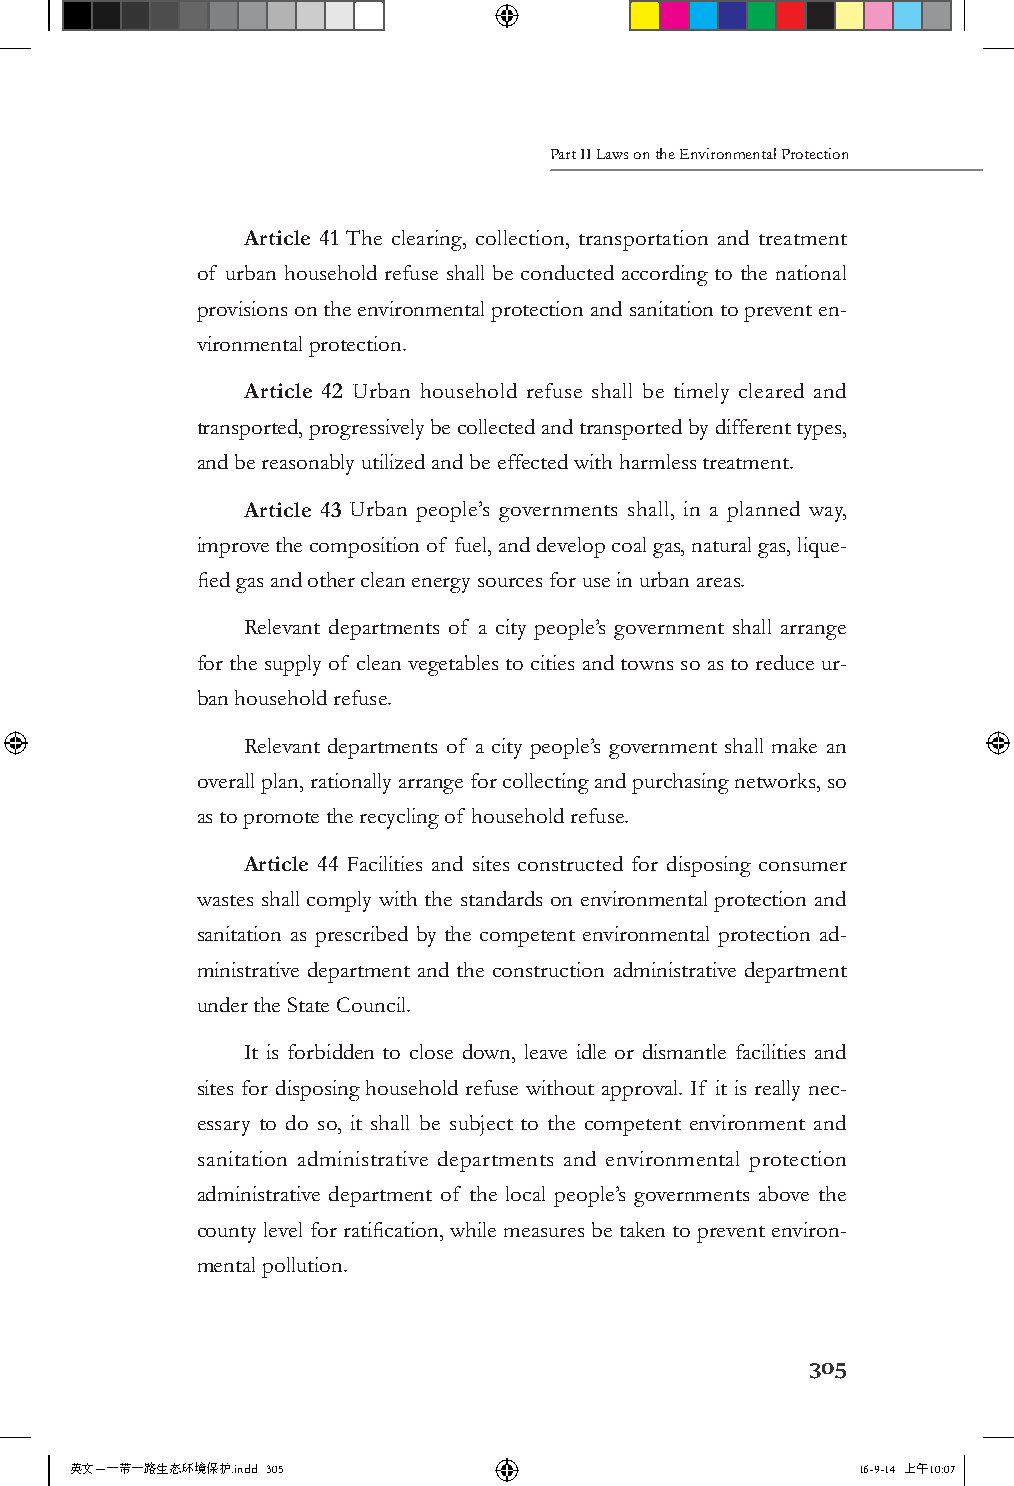
Part II Laws on the Environmental Protection
 Article 41 The clearing, collection, transportation and treatment
 of urban household refuse shall be conducted according to the national
 provisions on the environmental protection and sanitation to prevent en-
 vironmental protection.
 Article 42 Urban household refuse shall be timely cleared and
 transported, progressively be collected and transported by different types,
 and be reasonably utilized and be effected with harmless treatment.
 Article 43 Urban people’s governments shall, in a planned way,
 improve the composition of fuel, and develop coal gas, natural gas, lique-
 fied gas and other clean energy sources for use in urban areas.
 Relevant departments of a city people’s government shall arrange
 for the supply of clean vegetables to cities and towns so as to reduce ur-
 ban household refuse.
 Relevant departments of a city people’s government shall make an
 overall plan, rationally arrange for collecting and purchasing networks, so
 as to promote the recycling of household refuse.
 Article 44 Facilities and sites constructed for disposing consumer
 wastes shall comply with the standards on environmental protection and
 sanitation as prescribed by the competent environmental protection ad-
 ministrative department and the construction administrative department
 under the State Council.
 It is forbidden to close down, leave idle or dismantle facilities and
 sites for disposing household refuse without approval. If it is really nec-
 essary to do so, it shall be subject to the competent environment and
 sanitation administrative departments and environmental protection
 administrative department of the local people’s governments above the
 county level for ratification, while measures be taken to prevent environ-
 mental pollution.
 305
 英文－一带一路生态环境保护.indd 305                              16-9-14 上午10:07